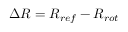
\Delta R = R _ { r e f } - R _ { r o t }